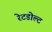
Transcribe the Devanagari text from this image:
रेटडोल्ट